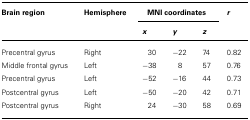
| Brain region | Hemisphere | <COLSPAN=3> MNI coordinates | r |
 |  |  | x | y | z |  |
 | --- | --- | --- | --- | --- | --- |
 | Precentral gyrus | Right | 30 | -22 | 74 | 0.82 |
 | Middle frontal gyrus | Left | -38 | 8 | 57 | 0.76 |
 | Precentral gyrus | Left | -52 | -16 | 44 | 0.73 |
 | Postcentral gyrus | Left | -50 | -20 | 42 | 0.71 |
 | Postcentral gyrus | Right | 24 | -30 | 58 | 0.69 |